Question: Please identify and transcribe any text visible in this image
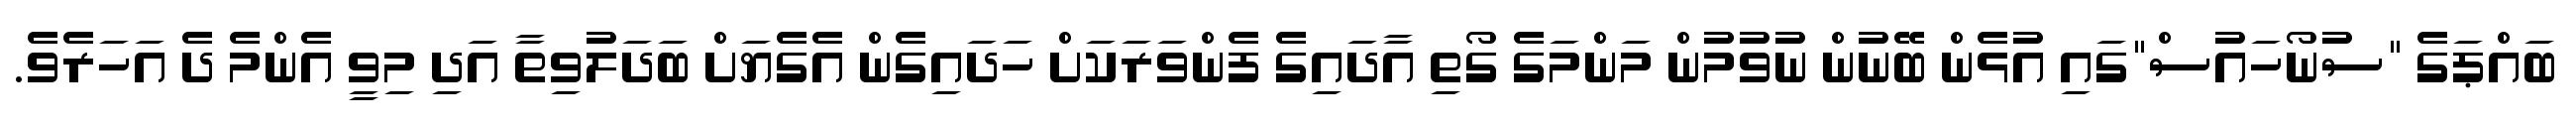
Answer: ބައްޕަގެ "ސުނޯހައުސް"ގައި އުޅެން ބޭނުން ނުވުމުން މަންމަގެ ގޯތި އާދައިގެ ފެންވަރަކަށް ހަދައިގެން އެގެޔަށް ބަދަލުވިތާ އަދި މިވީ އެންމެ ދެ އަހަރެވެ.